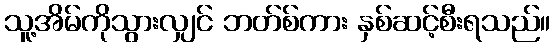
သူ့အိမ်ကိုသွားလျှင် ဘတ်စ်ကား နှစ်ဆင့်စီးရသည်။